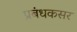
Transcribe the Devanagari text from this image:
प्रबंधकसर